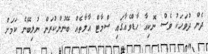
ދެން ދުވަހަކު ވެސް ނޮކިއާ ހާޑްވެއާގައި ސްމާޓް އާލާތެއް ބޭނުންކުރަން ނުލިބޭނެ ކަމަށް